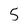
Character: 5